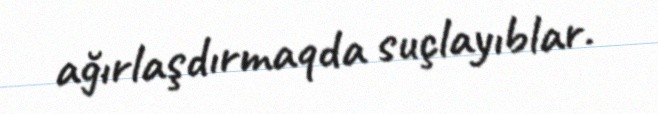
ağırlaşdırmaqda suçlayıblar.